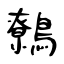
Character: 鷯